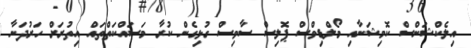
އިލެކްޝަންސް ކޮމިޝަނާއި މޯލްޑިވްސް ޕޮލިސް ސާވިސް ގުޅިގެން ކުރާ މަސައްކަތްތައް އިތުރަށް ހަރުދަނާ